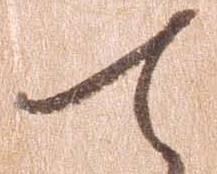
て